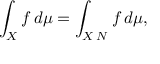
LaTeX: \int _ { X } f \, d \mu = \int _ { X \setminus N } f \, d \mu ,